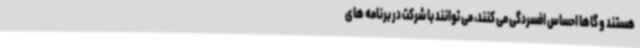
هستند و گاها احساس افسردگی می کنند، می توانند با شرکت در برنامه های